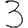
Digit: 3